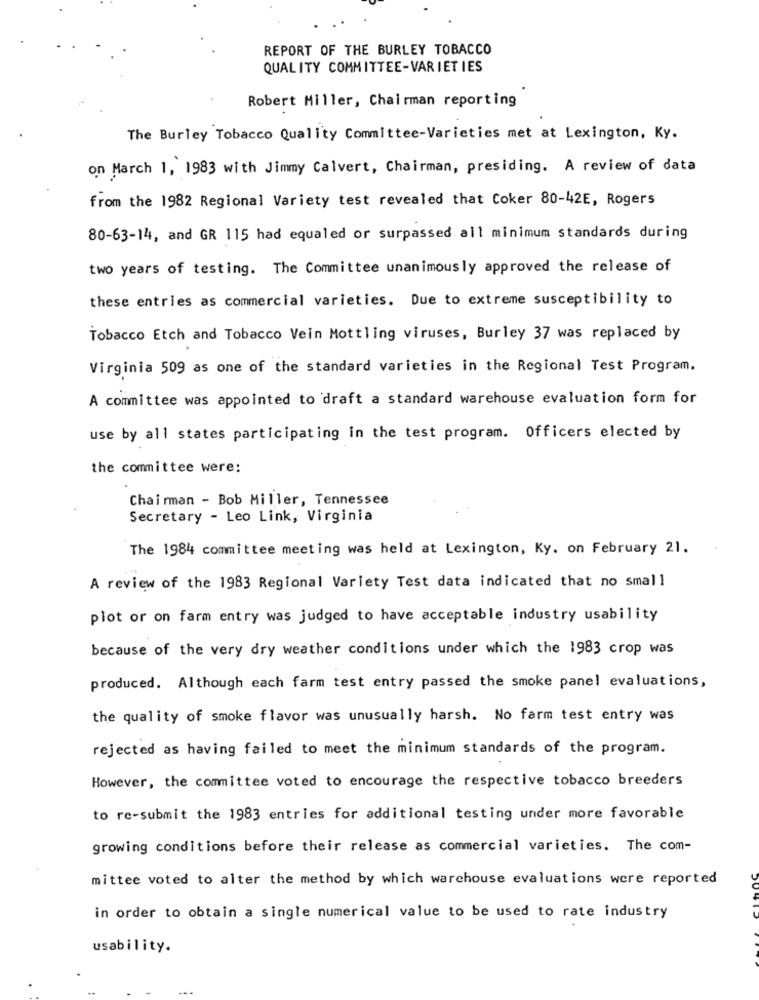
REPORT OF THE BURLEY TOBACCO
QUALITY COMMITTEE-VARIETIES
Robert Miller, Chairman reporting
The Burley Tobacco Quality Committee-Varieties met at Lexington, Ky.
on March 1, 1983 with Jimmy Calvert, Chairman, presiding. A review of data
from the 1982 Regional Variety test revealed that Coker 80-42E, Rogers
80-63-14, and GR 115 had equaled or surpassed all minimum standards during
two years of testing. The Committee unanimously approved the release of
these entries as commercial varieties. Due to extreme susceptibility to
Tobacco Etch and Tobacco Vein Mottling viruses, Burley 37 was replaced by
Virginia 509 as one of the standard varieties in the Regional Test Program.
A committee was appointed to draft a standard warehouse evaluation form for
use by all states participating in the test program. Officers elected by
the committee were:
Chairman - Bob Miller, Tennessee
Secretary - Leo Link, Virginia
The 1984 committee meeting was held at Lexington, Ky. on February 21.
A review of the 1983 Regional Variety Test data indicated that no small
plot or on farm entry was judged to have acceptable industry usability
because of the very dry weather conditions under which the 1983 crop was
produced. Although each farm test entry passed the smoke panel evaluations,
the quality of smoke flavor was unusually harsh. No farm test entry was
rejected as having failed to meet the minimum standards of the program.
However, the committee voted to encourage the respective tobacco breeders
to re-submit the 1983 entries for additional testing under more favorable
growing conditions before their release as commercial varieties. The com-
mittee voted to alter the method by which warehouse evaluations were reported
in order to obtain a single numerical value to be used to rate industry
usability.